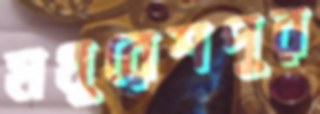
মথুরেশপুর